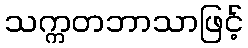
သက္ကတဘာသာဖြင့်